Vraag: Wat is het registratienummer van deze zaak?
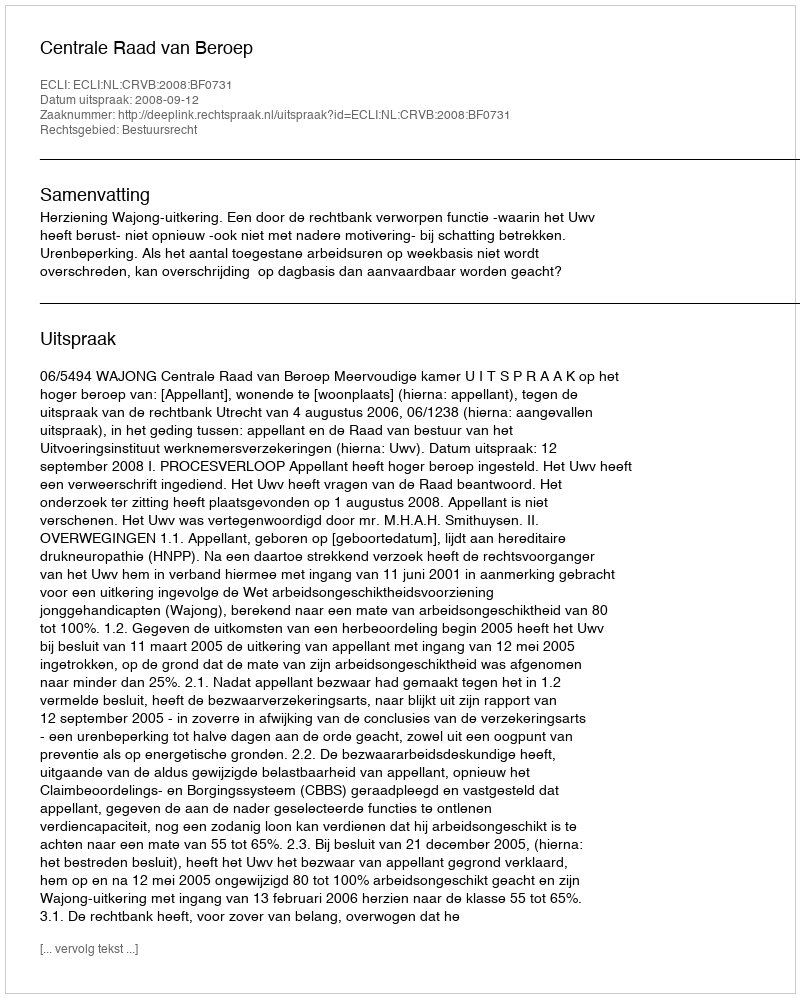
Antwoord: http://deeplink.rechtspraak.nl/uitspraak?id=ECLI:NL:CRVB:2008:BF0731